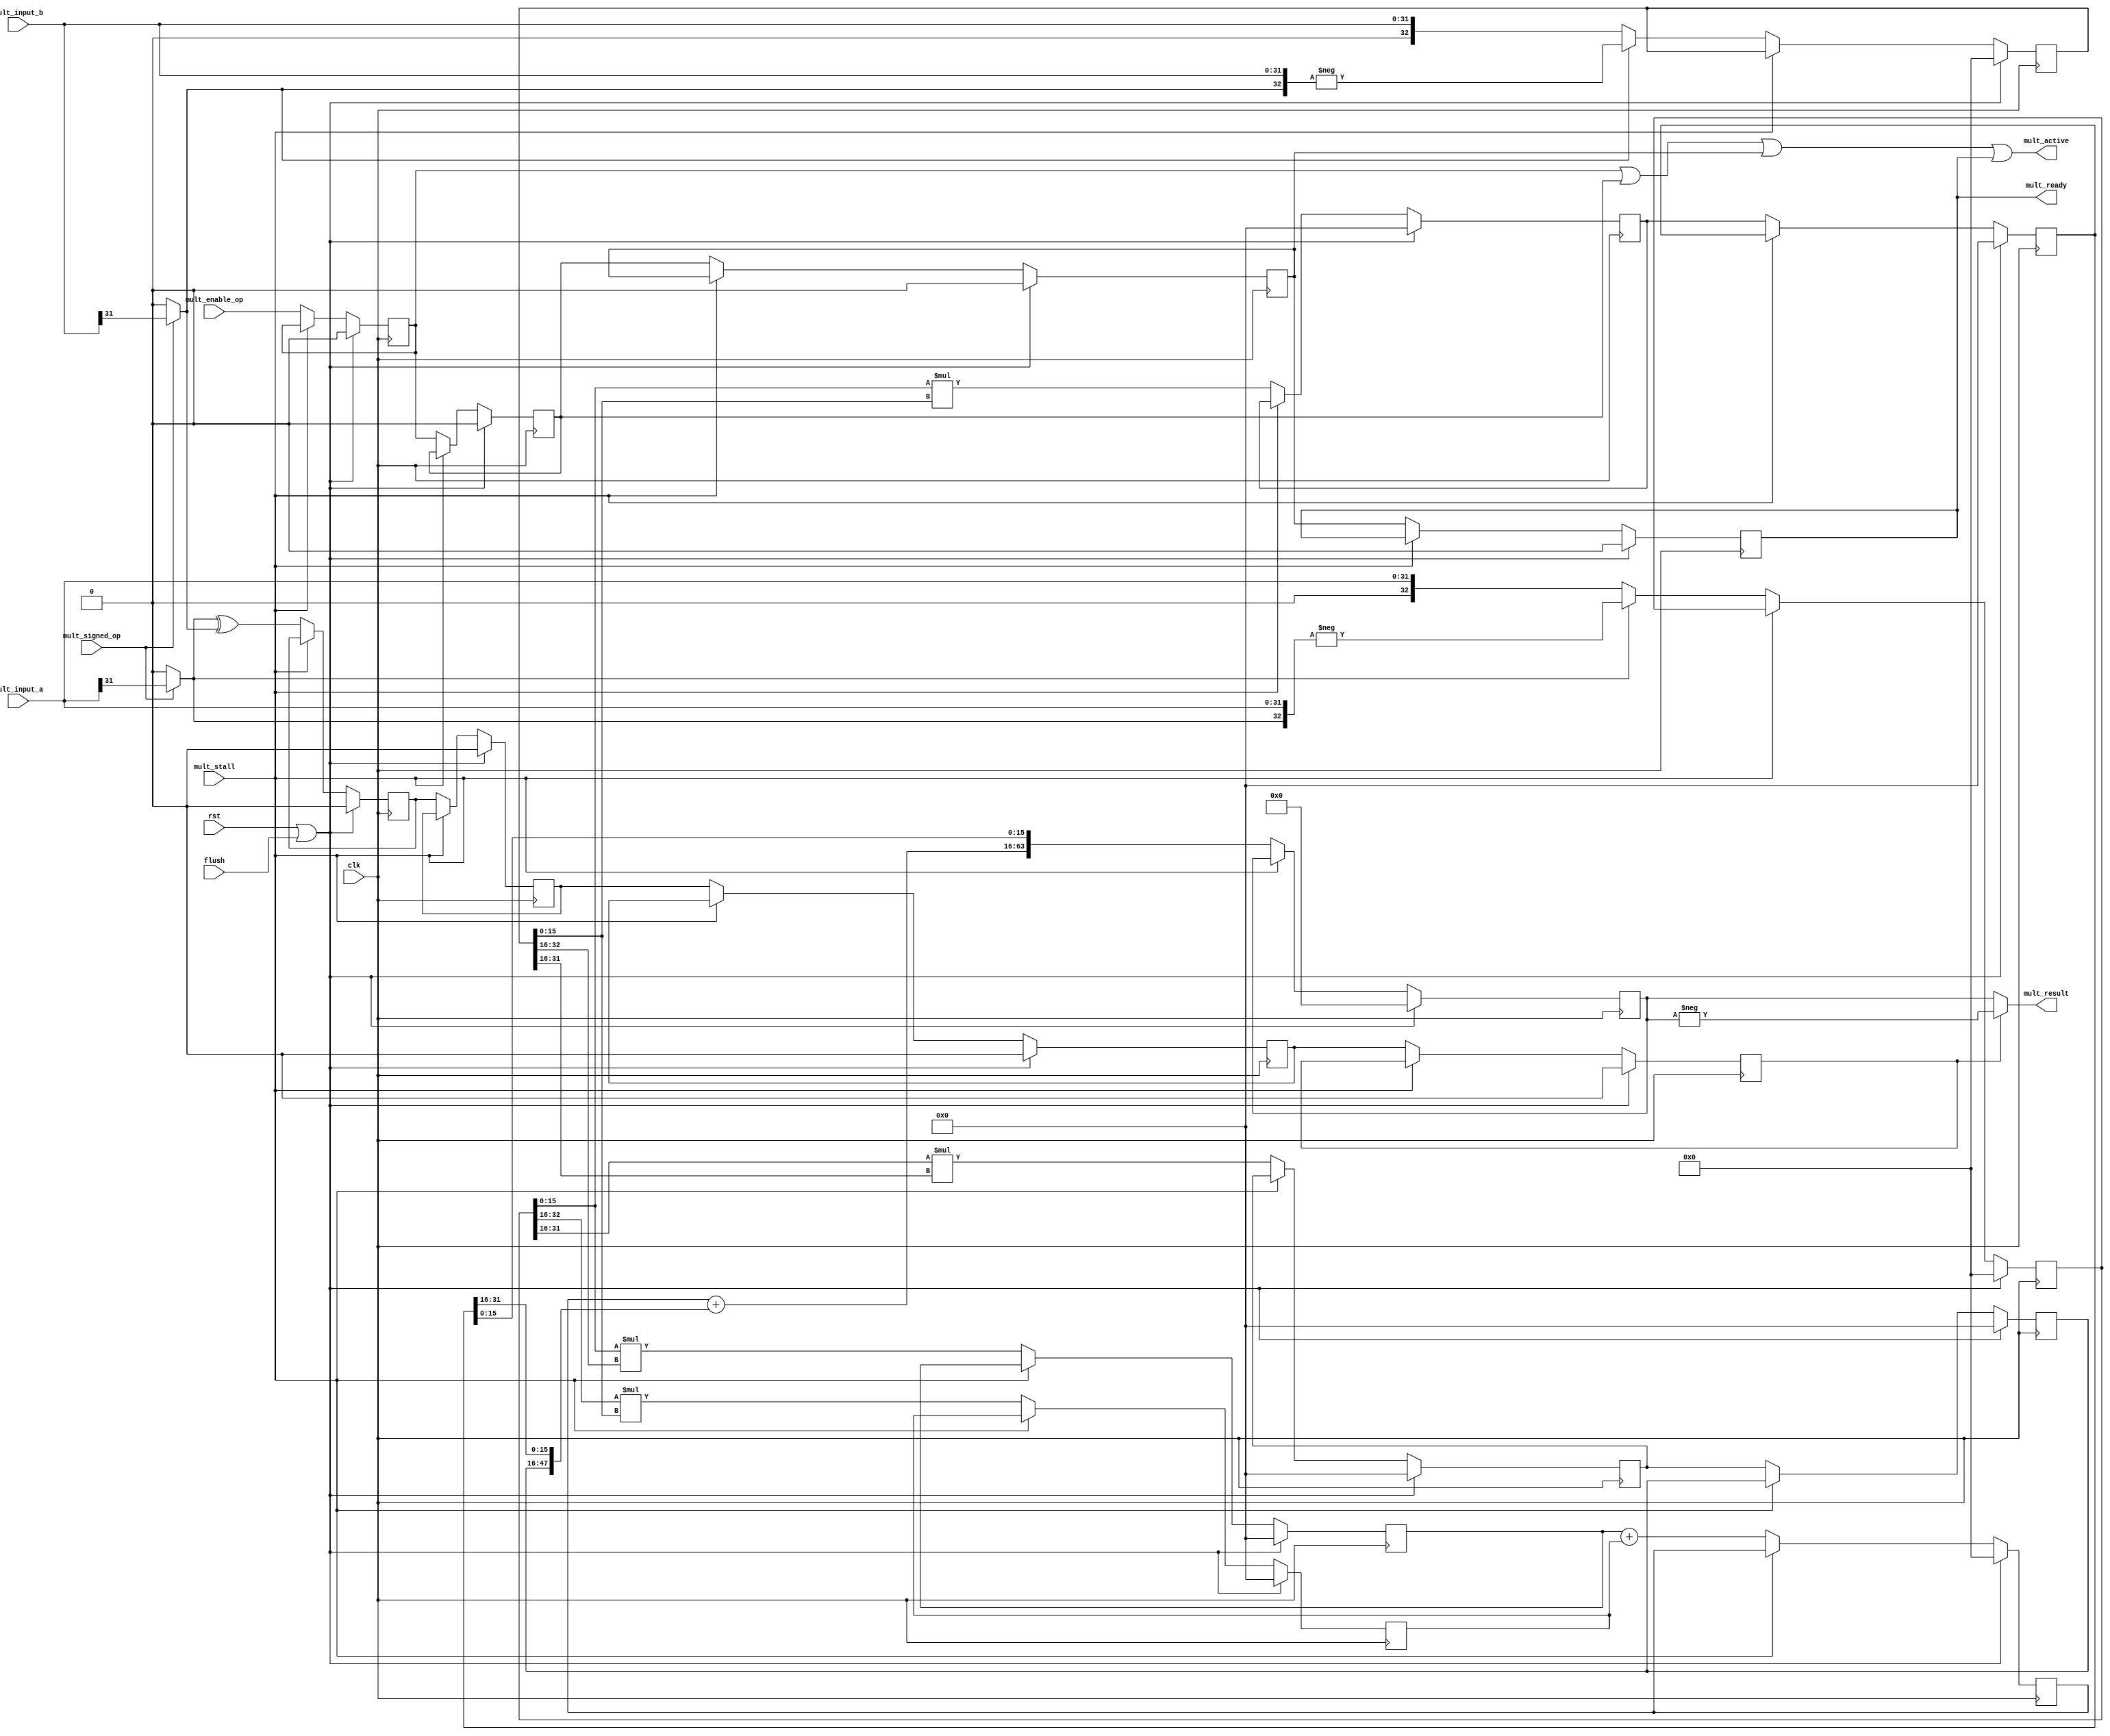
//==================================================================================================
//  Revision      : 1.0
//  Company       : Universidad Simn Bolvar
//
//  Description   : 32 x 32 pipelined multiplier.
//                  For signed operations: invert, perform unsigned mult, set result sign.
//==================================================================================================

module antares_multiplier(
                          input         clk,            // clock
                          input         rst,            // reset
                          input [31:0]  mult_input_a,   // Data
                          input [31:0]  mult_input_b,   // Data
                          input         mult_signed_op, // Unsigned (0) or signed operation (1)
                          input         mult_enable_op, // Signal a valid operation
                          input         mult_stall,     // Freeze the pipeline
                          input         flush,          // Flush the pipeline
                          output [63:0] mult_result,    // Result
                          output        mult_active,    // Active operations @ pipeline
                          output        mult_ready      // Valid data on output port (result)
                          );

    //--------------------------------------------------------------------------
    // Signal Declaration: reg
    //--------------------------------------------------------------------------
    reg [32:0]    A;
    reg [32:0]    B;
    reg [31:0]    result_ll_0;
    reg [31:0]    result_lh_0;
    reg [31:0]    result_hl_0;
    reg [31:0]    result_hh_0; // keep only 32 bits (ISE Warning)
    reg [31:0]    result_ll_1;
    reg [31:0]    result_hh_1; // keep only 32 bits (ISE Warning)
    reg [32:0]    result_mid_1;
    reg [63:0]    result_mult;

    reg           active0;     // Pipeline the enable signal, so HDU can know if a valid operation is in the pipeline
    reg           active1;
    reg           active2;
    reg           active3;
    reg           sign_result0;
    reg           sign_result1;
    reg           sign_result2;
    reg           sign_result3;

    ///-------------------------------------------------------------------------
    // Signal Declaration: wire
    //--------------------------------------------------------------------------
    wire          sign_a;
    wire          sign_b;
    wire [47:0]   partial_sum;
    wire [32:0]   a_sign_ext;
    wire [32:0]   b_sign_ext;

    //--------------------------------------------------------------------------
    // assignments
    //--------------------------------------------------------------------------
    assign sign_a      = (mult_signed_op) ? mult_input_a[31] : 1'b0;
    assign sign_b      = (mult_signed_op) ? mult_input_b[31] : 1'b0;
    assign a_sign_ext  = {sign_a, mult_input_a};
    assign b_sign_ext  = {sign_b, mult_input_b};
    assign partial_sum = {15'b0, result_mid_1} + {result_hh_1[31:0], result_ll_1[31:16]};
    assign mult_result = (sign_result3) ? -result_mult : result_mult;                         // Set true sign.
    assign mult_ready  = active3;
    assign mult_active = active0 | active1 | active2 | active3;                             // 4th stage holds the result

    //--------------------------------------------------------------------------
    // Implement the pipeline
    //--------------------------------------------------------------------------
    always @(posedge clk) begin
        if (rst | flush) begin
            /*AUTORESET*/
            // Beginning of autoreset for uninitialized flops
            A <= 33'h0;
            B <= 33'h0;
            active0 <= 1'h0;
            active1 <= 1'h0;
            active2 <= 1'h0;
            active3 <= 1'h0;
            result_hh_0 <= 32'h0;
            result_hh_1 <= 32'h0;
            result_hl_0 <= 32'h0;
            result_lh_0 <= 32'h0;
            result_ll_0 <= 32'h0;
            result_ll_1 <= 32'h0;
            result_mid_1 <= 33'h0;
            result_mult <= 64'h0;
            sign_result0 <= 1'h0;
            sign_result1 <= 1'h0;
            sign_result2 <= 1'h0;
            sign_result3 <= 1'h0;
            // End of automatics
        end
        else if(~mult_stall) begin
            // --- first stage
            // Change sign. Perform unsigned multiplication. Save the result sign.
            A            <= sign_a ? -a_sign_ext : a_sign_ext;
            B            <= sign_b ? -b_sign_ext : b_sign_ext;
            sign_result0 <= sign_a ^ sign_b;
            active0      <= mult_enable_op;
            // --- second stage
            result_ll_0  <= A[15:0]  *  B[15:0];       // 16 x 16
            result_lh_0  <= A[15:0]  *  B[32:16];      // 16 x 17
            result_hl_0  <= A[32:16] *  B[15:0];       // 17 x 16
            result_hh_0  <= A[31:16] *  B[31:16];      // 16 x 16
            sign_result1 <= sign_result0;
            active1      <= active0;
            // --- third stage
            result_ll_1  <= result_ll_0;
            result_hh_1  <= result_hh_0;
            result_mid_1 <= result_lh_0 + result_hl_0;      // sum mid
            sign_result2 <= sign_result1;
            active2      <= active1;
            // -- fourth stage
            result_mult  <= {partial_sum, result_ll_1[15:0]};
            sign_result3 <= sign_result2;
            active3      <= active2;
        end
    end

endmodule